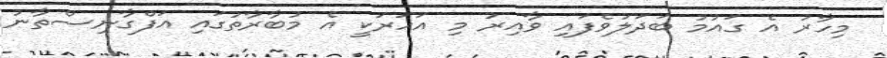
މިހާރު އެ ގައުމު ބަދަލުވެފައި ވާއިރު މި އަހަރަކީ އެ މުބާރާތުގައި އަފްގާނިސްތާނު